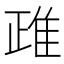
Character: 𨾖